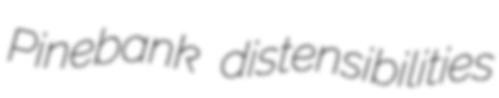
Pinebank distensibilities